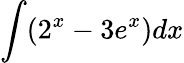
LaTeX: \int(2^{x}-3e^{x})dx